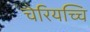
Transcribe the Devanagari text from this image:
चेरियच्चि